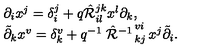
\begin{array} { l } { \partial _ { i } x ^ { j } = \delta _ { i } ^ { j } + q \hat { \cal R } _ { i l } ^ { j k } x ^ { l } \partial _ { k } , } \\ { \tilde { \partial } _ { k } x ^ { v } = \delta _ { k } ^ { v } + q ^ { - 1 } \left. \hat { \cal R } ^ { - 1 } \right. _ { k j } ^ { v i } x ^ { j } \tilde { \partial } _ { i } . } \\ \end{array}